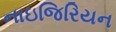
નાઇજિરિયન